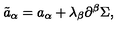
{ \tilde { a } } _ { \alpha } = a _ { \alpha } + \lambda _ { \beta } \partial ^ { \beta } \Sigma ,